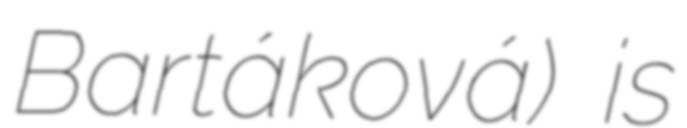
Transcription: Bartáková) is